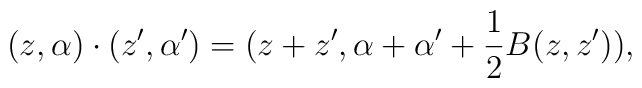
(z,\alpha)\cdot(z',\alpha ')=(z+z',\alpha+\alpha '+\frac 1 2B(z,z')),